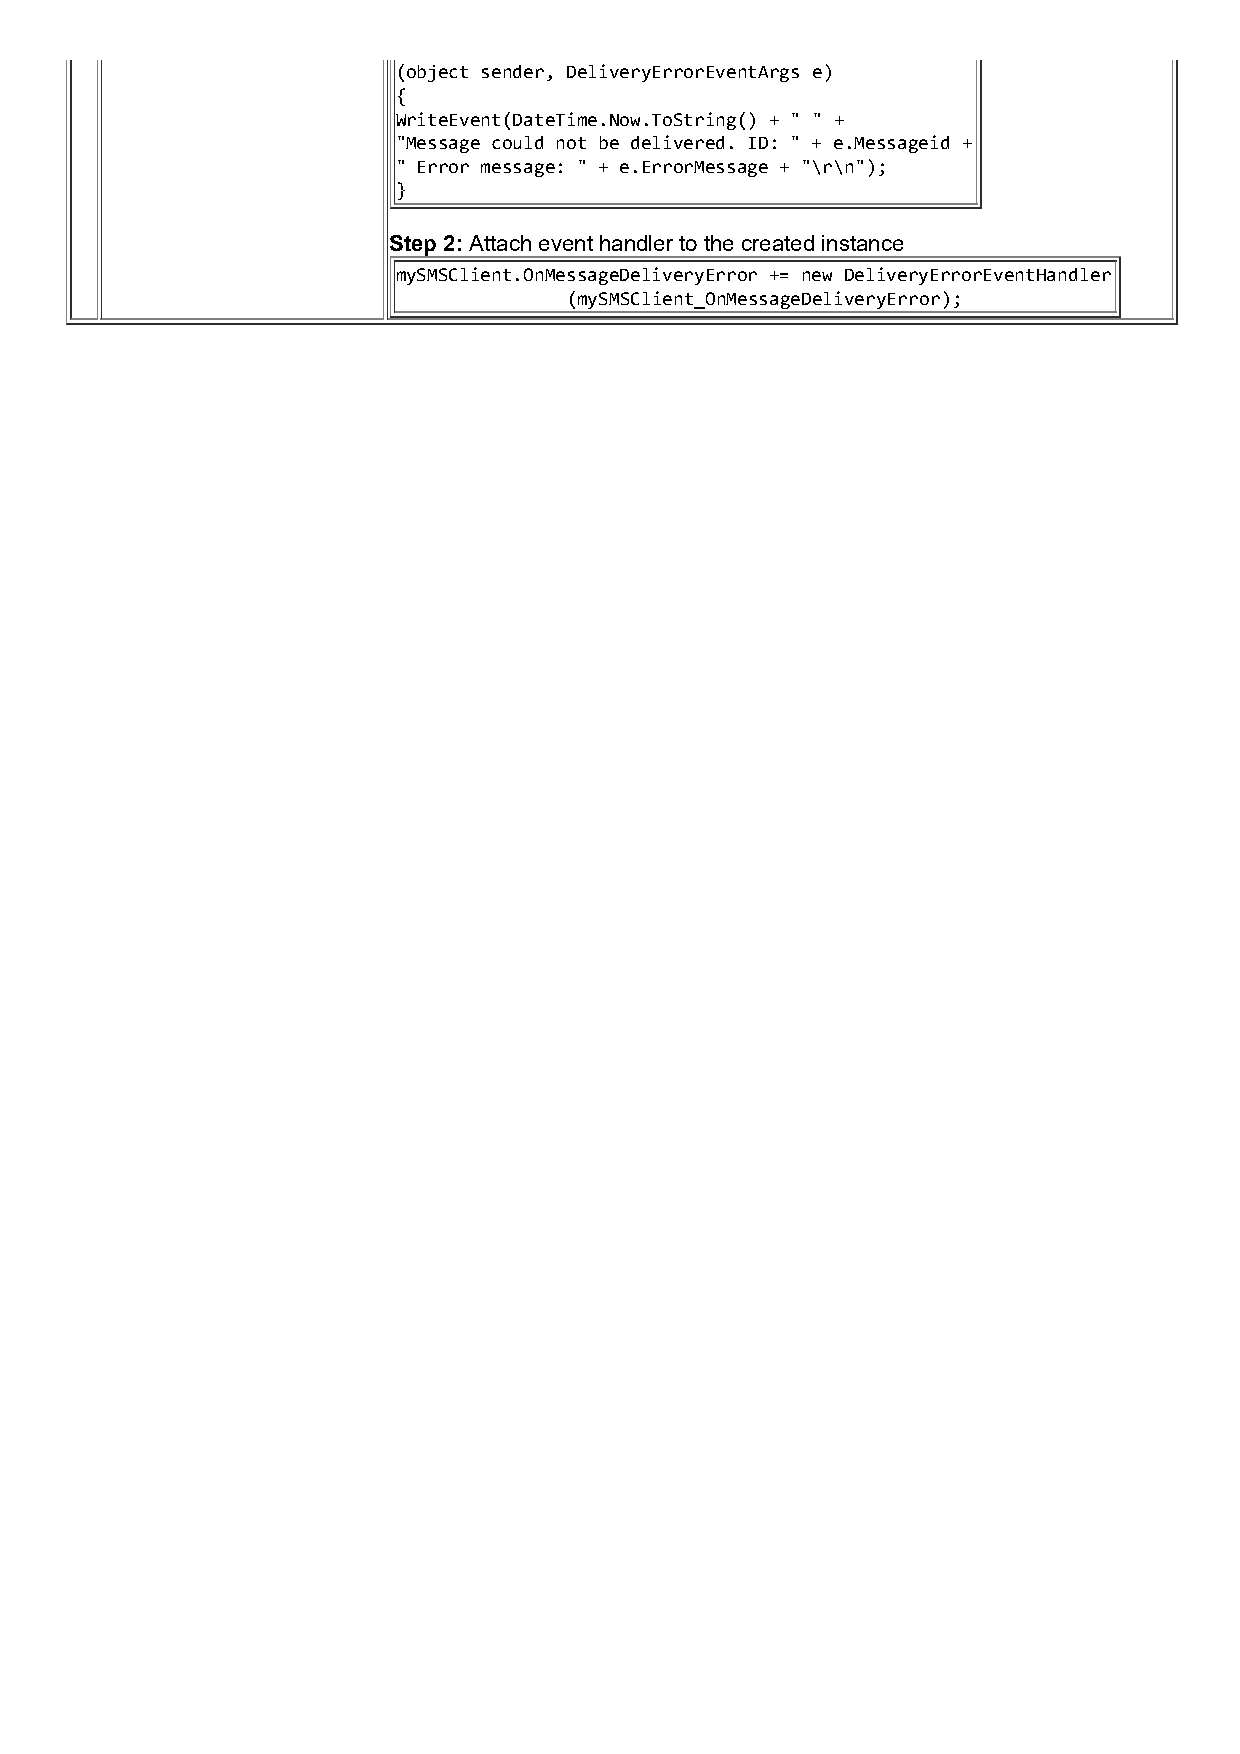
(object sender, DeliveryErrorEventArgs e)
 {
 WriteEvent(DateTime.Now.ToString() + " " +
 "Message could not be delivered. ID: " + e.Messageid +
 " Error message: " + e.ErrorMessage + "\r\n");
 }
 Step 2: Attach event handler to the created instance
 mySMSClient.OnMessageDeliveryError += new DeliveryErrorEventHandler
 (mySMSClient_OnMessageDeliveryError);